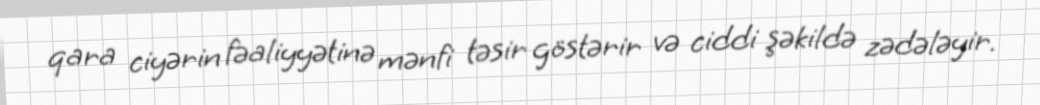
qara ciyərin fəaliyyətinə mənfi təsir göstərir və ciddi şəkildə zədələyir.